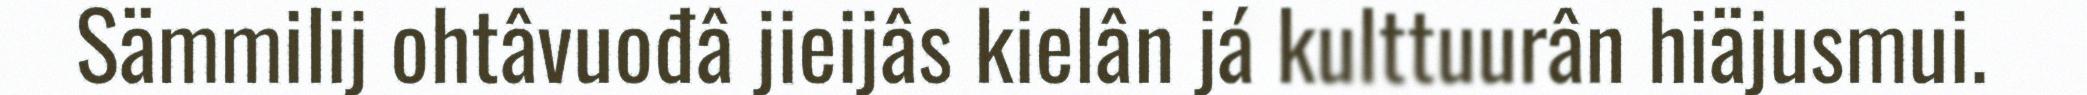
Sämmilij ohtâvuođâ jieijâs kielân já kulttuurân hiäjusmui.